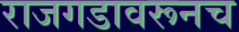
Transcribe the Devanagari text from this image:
राजगडावरूनच